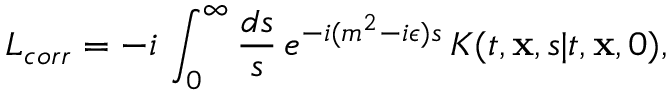
{ \cal L } _ { c o r r } = - i \, \int _ { 0 } ^ { \infty } { \frac { d s } { s } } \, e ^ { - i ( m ^ { 2 } - i \epsilon ) s } \, K ( t , { \bf x } , s \vert t , { \bf x } , 0 ) ,